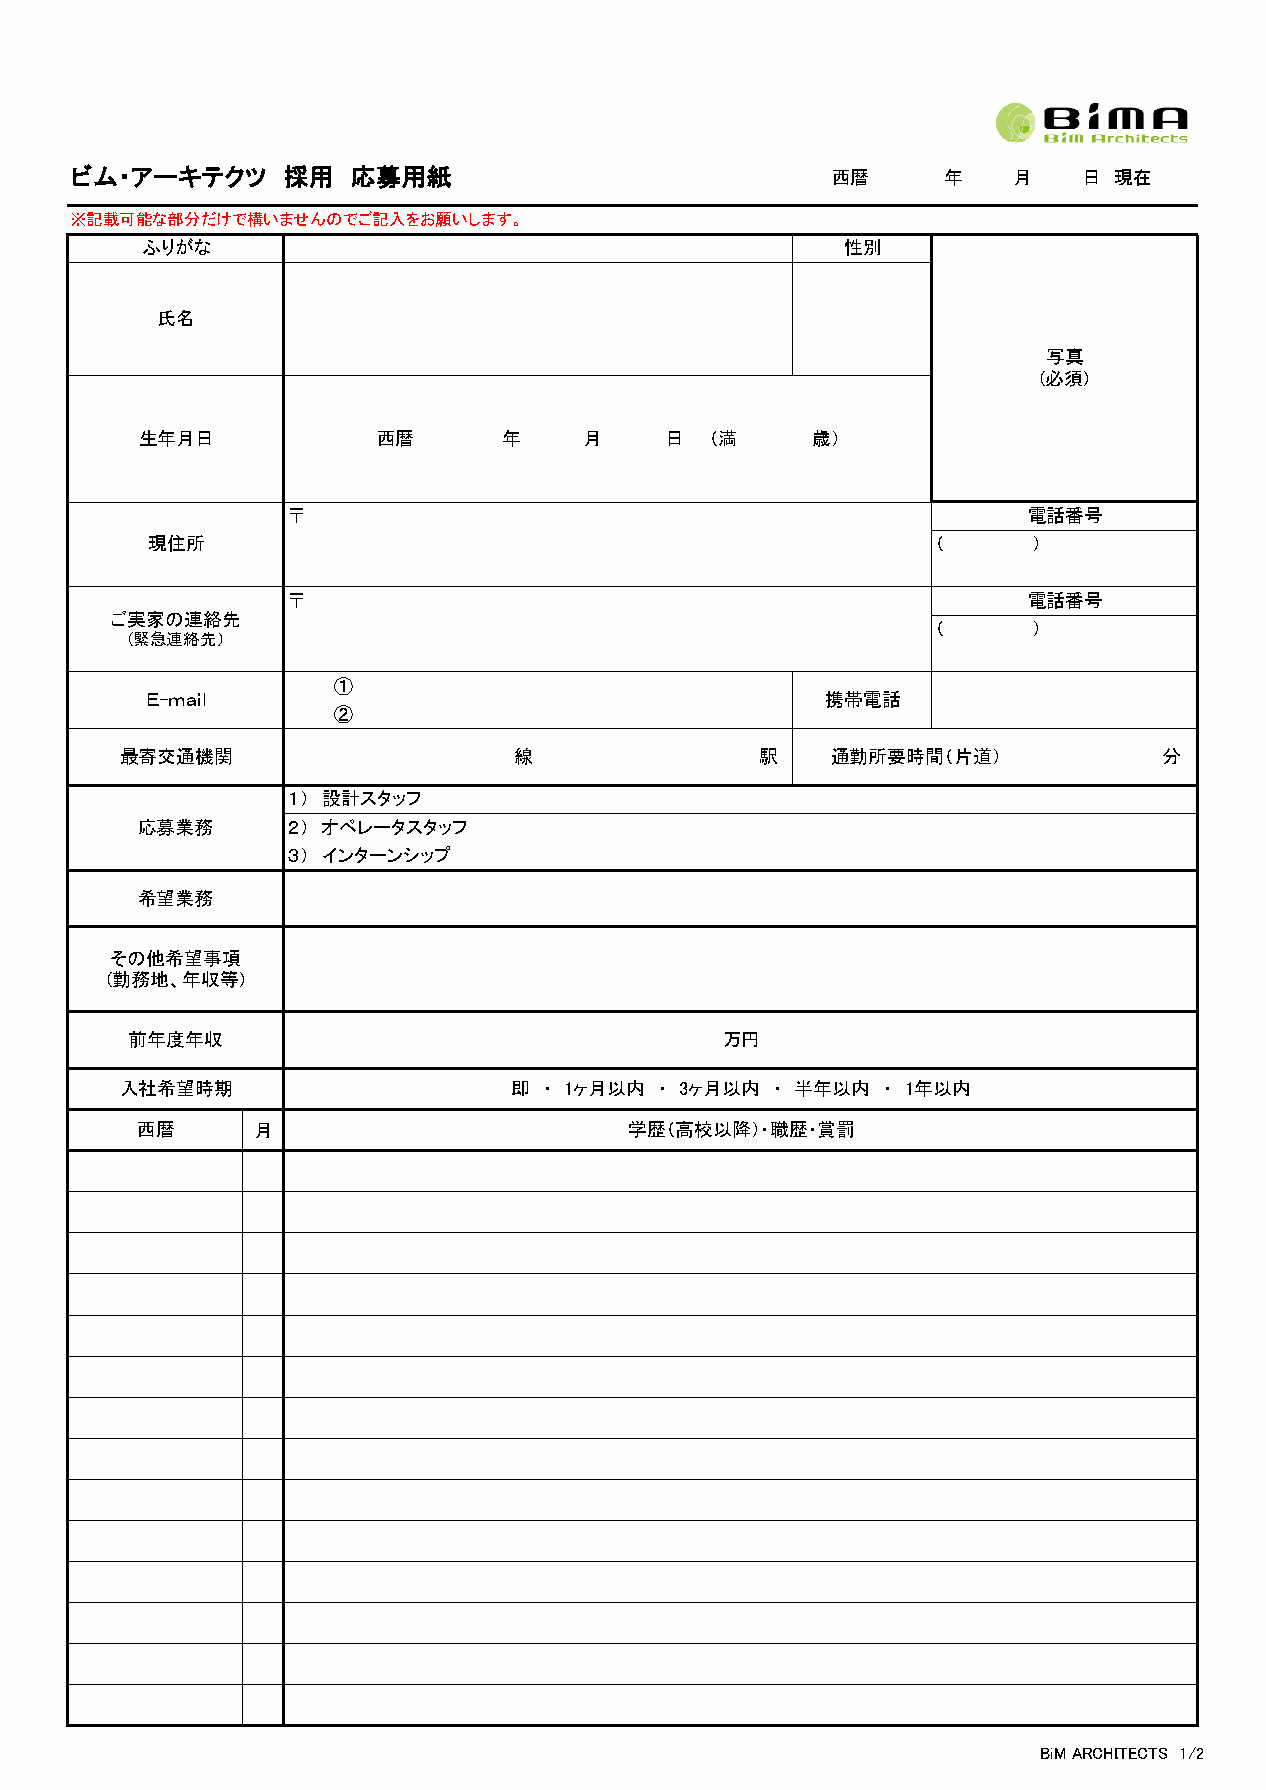
ビム・アーキテクツ     採用  応募用紙                            西暦      年   月    日 現在
 ※記載可能な部分だけで構いませんのでご記入をお願いします。
 ふりがな                                           性別
 氏名
 写真
 (必須)
 生年月日            西暦      年     月    日  （満     歳）
 〒                                                電話番号
 現住所                                                 （     ）
 〒                                                電話番号
 ご実家の連絡先
 （     ）
 （緊急連絡先）
 ①
 Ｅ-ｍａｉｌ                                       携帯電話
 ②
 最寄交通機関                    線               駅    通勤所要時間（片道）            分
 １） 設計スタッフ
 応募業務      ２） オペレータスタッフ
 ３） インターンシップ
 希望業務
 その他希望事項
 (勤務地、年収等)
 前年度年収                                   万円
 入社希望時期                    即 ・ 1ヶ月以内 ・ 3ヶ月以内 ・ 半年以内 ・ 1年以内
 西暦      月                        学歴（高校以降）・職歴・賞罰
 BiM ARCHITECTS 1/2